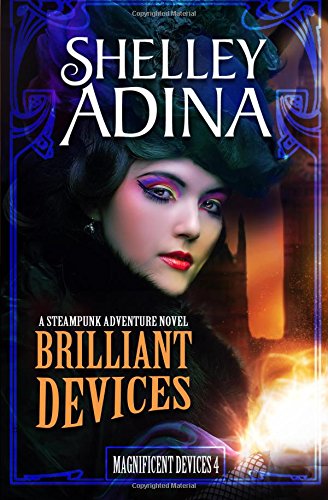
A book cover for Brilliant Devices: A steampunk adventure novel (Magnificent Devices) (Volume 4); Shelley Adina; Science Fiction & Fantasy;